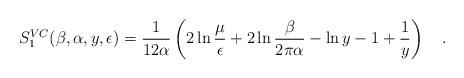
LaTeX: \begin{align*}S_1^{VC}(\beta,\alpha,y,\epsilon)={1 \over12\alpha}\left(2\ln{\mu \over\epsilon}+2\ln{\beta \over 2\pi\alpha}-\ln y -1 +\frac 1y\right)~~~.\end{align*}